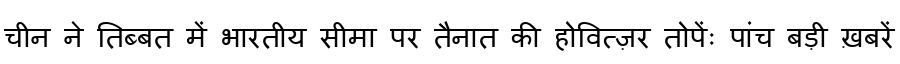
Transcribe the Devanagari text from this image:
चीन ने तिब्बत में भारतीय सीमा पर तैनात की होवित्ज़र तोपेंः पांच बड़ी ख़बरें